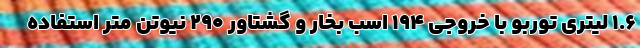
1.6 لیتری توربو با خروجی 194 اسب بخار و گشتاور 290 نیوتن متر استفاده